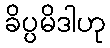
ခိပ္ပမိဒါဟု